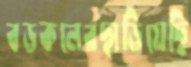
বড়কলেরছাড়িয়েছি